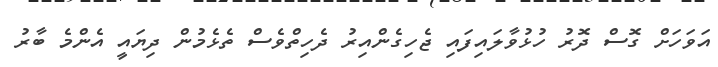
އަވަހަށް ގޮސް ދޮރު ހުޅުވާލައިފައި ޖެހިގެންއިރު ދެހިތްވެސް ތެޅެމުން ދިޔައީ އެންމެ ބާރު